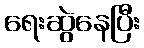
ရေးဆွဲနေပြီး